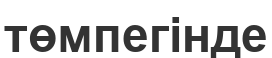
төмпегінде